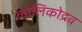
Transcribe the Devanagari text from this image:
कालिकोद्रव